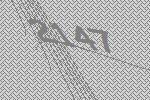
2147